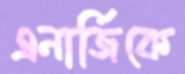
এনার্জিকে